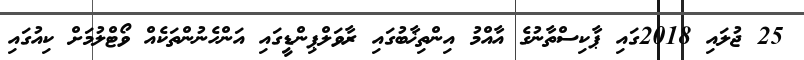
25 ޖުލައި 2018ގައި ޕާކިސްތާނުގެ އާއްމު އިންތިޚާބުގައި ރާވަލްޕިންޑީގައި އަންހެނުންތަކެއް ވޯޓްލުމަށް ކިއުގައި